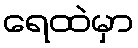
ရေထဲမှာ